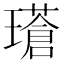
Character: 𪼧